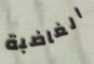
الغاضبة